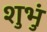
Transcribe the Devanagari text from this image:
शुभुं